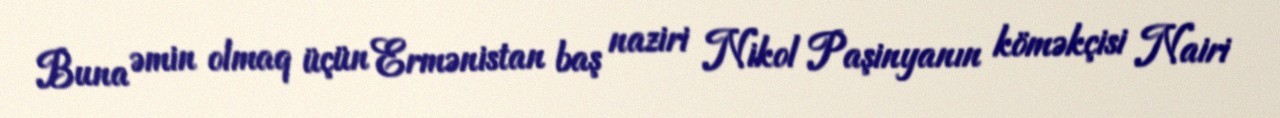
Buna əmin olmaq üçün Ermənistan baş naziri Nikol Paşinyanın köməkçisi Nairi